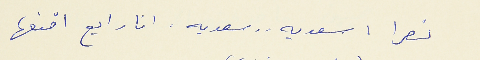
نصرا : سعديه . . سعديه . انا رايح اقنعها